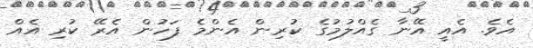
އެވެ. އެއީ އޭނާ ގެއްލުމުގެ ކުރިން އެންމެ ފަހުން އެރޭ ކުރި އެއް